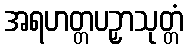
အရဟတ္တပဉှာသုတ္တံ